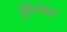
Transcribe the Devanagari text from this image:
प्लँगिओक्लेज